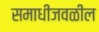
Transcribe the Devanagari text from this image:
समाधीजवळील